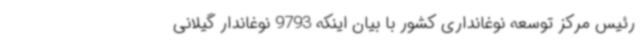
رئیس مرکز توسعه نوغانداری کشور با بیان اینکه 9793 نوغاندار گیلانی